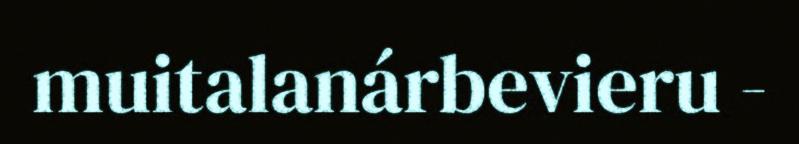
muitalanárbevieru -